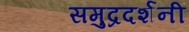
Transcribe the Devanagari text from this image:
समुद्रदर्शनी